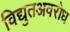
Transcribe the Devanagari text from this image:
विद्युतअवरोध